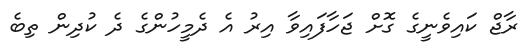
ރާޖް ކައިވެނީގެ ގޮށް ޖަހާފައިވާ އިރު އެ ދެމީހުންގެ ދެ ކުދިން ތިބެ